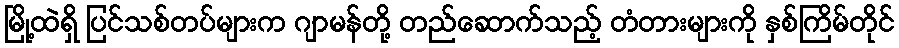
မြို့ထဲရှိ ပြင်သစ်တပ်များက ဂျာမန်တို့ တည်ဆောက်သည့် တံတားများကို နှစ်ကြိမ်တိုင်